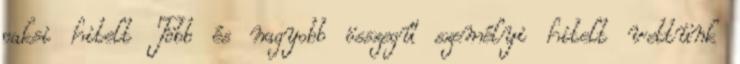
paksi hitelt Több és nagyobb összegű személyi hitelt vettünk